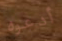
أدعوه